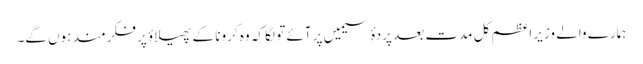
ہمارے والے وزیر اعظم کل مدت بعد پردۂ سیمیں پر آئے تو لگا کہ وہ کرونا کے پھیلاؤ پر فکرمند ہوں گے۔